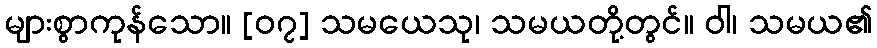
များစွာကုန်သော။ [၀၇] သမယေသု၊ သမယတို့တွင်။ ဝါ၊ သမယ၏